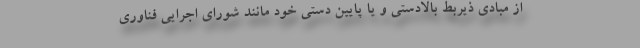
از مبادی ذیربط بالادستی و یا پایین دستی خود مانند شورای اجرایی فناوری